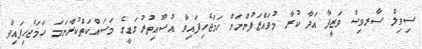
ސިވިލް ސާރވިސް ވަޒީފާ އަދާ ކުރާ މުވައްޒަފުންނަށް ހަމަޖެހިފައިވާ އުސޫއިތުރުގަޑީގެ މަސައްކަތްކުރާނަމަ ހަމަޖެހިފައިވާ